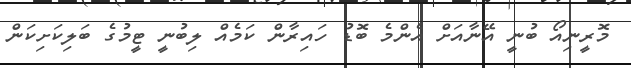
މޮރީނިއޯ ބުނީ އޭނާއަށް އެންމެ ބޮޑު ހައިރާން ކަމެއް ލިބުނީ ޓީމުގެ ބަލިކަށިކަން